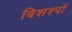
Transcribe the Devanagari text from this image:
बिशश्पों